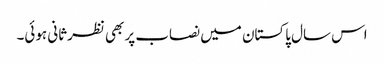
اس سال پاکستان میں نصاب پر بھی نظرثانی ہوئی۔